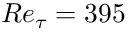
R e _ { \tau } = 3 9 5